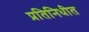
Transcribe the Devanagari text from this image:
प्रतिनिधीत